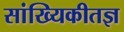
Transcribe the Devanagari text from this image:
सांख्यिकीतज्ञ